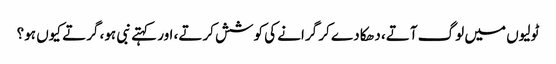
ٹولیوں میں لوگ آتے، دھکا دے کر گرانے کی کوشش کرتے، اور کہتے نبی ہو، گرتے کیوں ہو؟